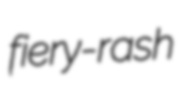
fiery-rash